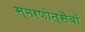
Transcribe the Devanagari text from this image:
स्मरणोत्सैवों